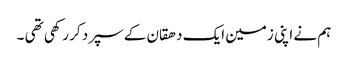
ہم نے اپنی زمین ایک دھقان کے سپرد کر رکھی تھی ۔